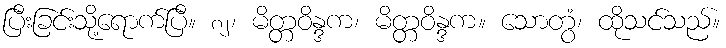
ပြီးခြင်းသို့ရောက်ပြီ။ ၈၂၊ မိတ္တဝိန္ဒက၊ မိတ္တဝိန္ဒက။ သောတွံ၊ ထိုသင်သည်။